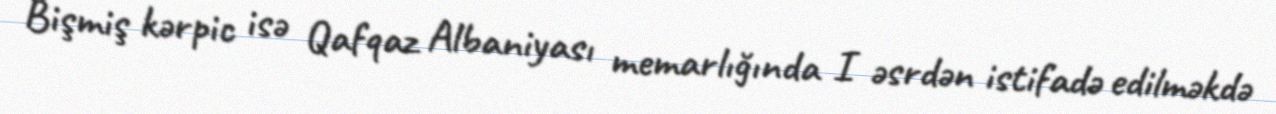
Bişmiş kərpic isə Qafqaz Albaniyası memarlığında I əsrdən istifadə edilməkdə